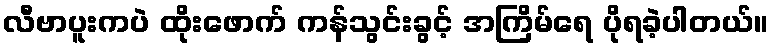
လီဗာပူးကပဲ ထိုးဖောက် ကန်သွင်းခွင့် အကြိမ်ရေ ပိုရခဲ့ပါတယ်။